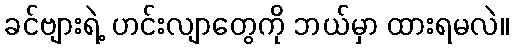
ခင်ဗျားရဲ့ ဟင်းလျာတွေကို ဘယ်မှာ ထားရမလဲ။